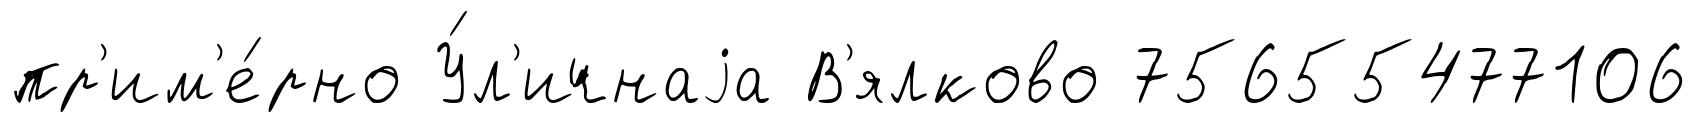
пр'им'е́рно У́л'ичнаjа В'ялково 75655477106